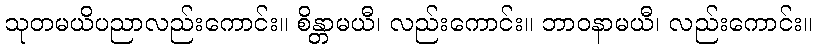
သုတမယိပညာလည်းကောင်း။ စိန္တာမယီ၊ လည်းကောင်း။ ဘာဝနာမယီ၊ လည်းကောင်း။